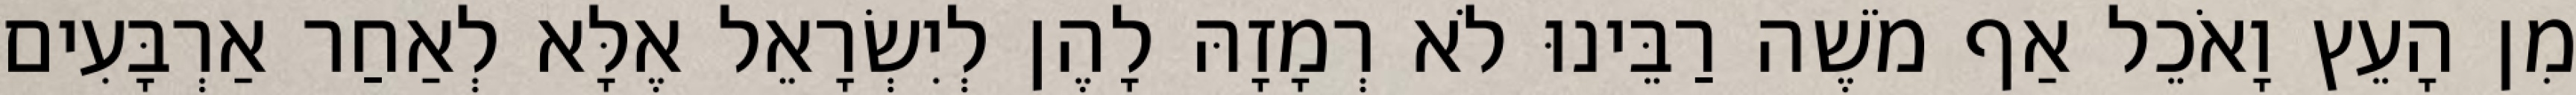
מִן הָעֵץ וָאֹכֵל אַף מֹשֶׁה רַבֵּינוּ לֹא רְמָזָהּ לָהֶן לְיִשְׂרָאֵל אֶלָּא לְאַחַר אַרְבָּעִים